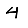
Digit: 4